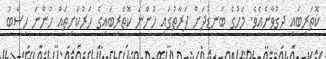
ކޮތަރިބައި ދިގުވާނެއެވެ. މަހުގެ ބަނޑުދަށް ފަރާތުގައި ހުންނަ ކޮތަރިބައިގެ ހަރުކަށިތައް ހުންނަ ހިސާބު